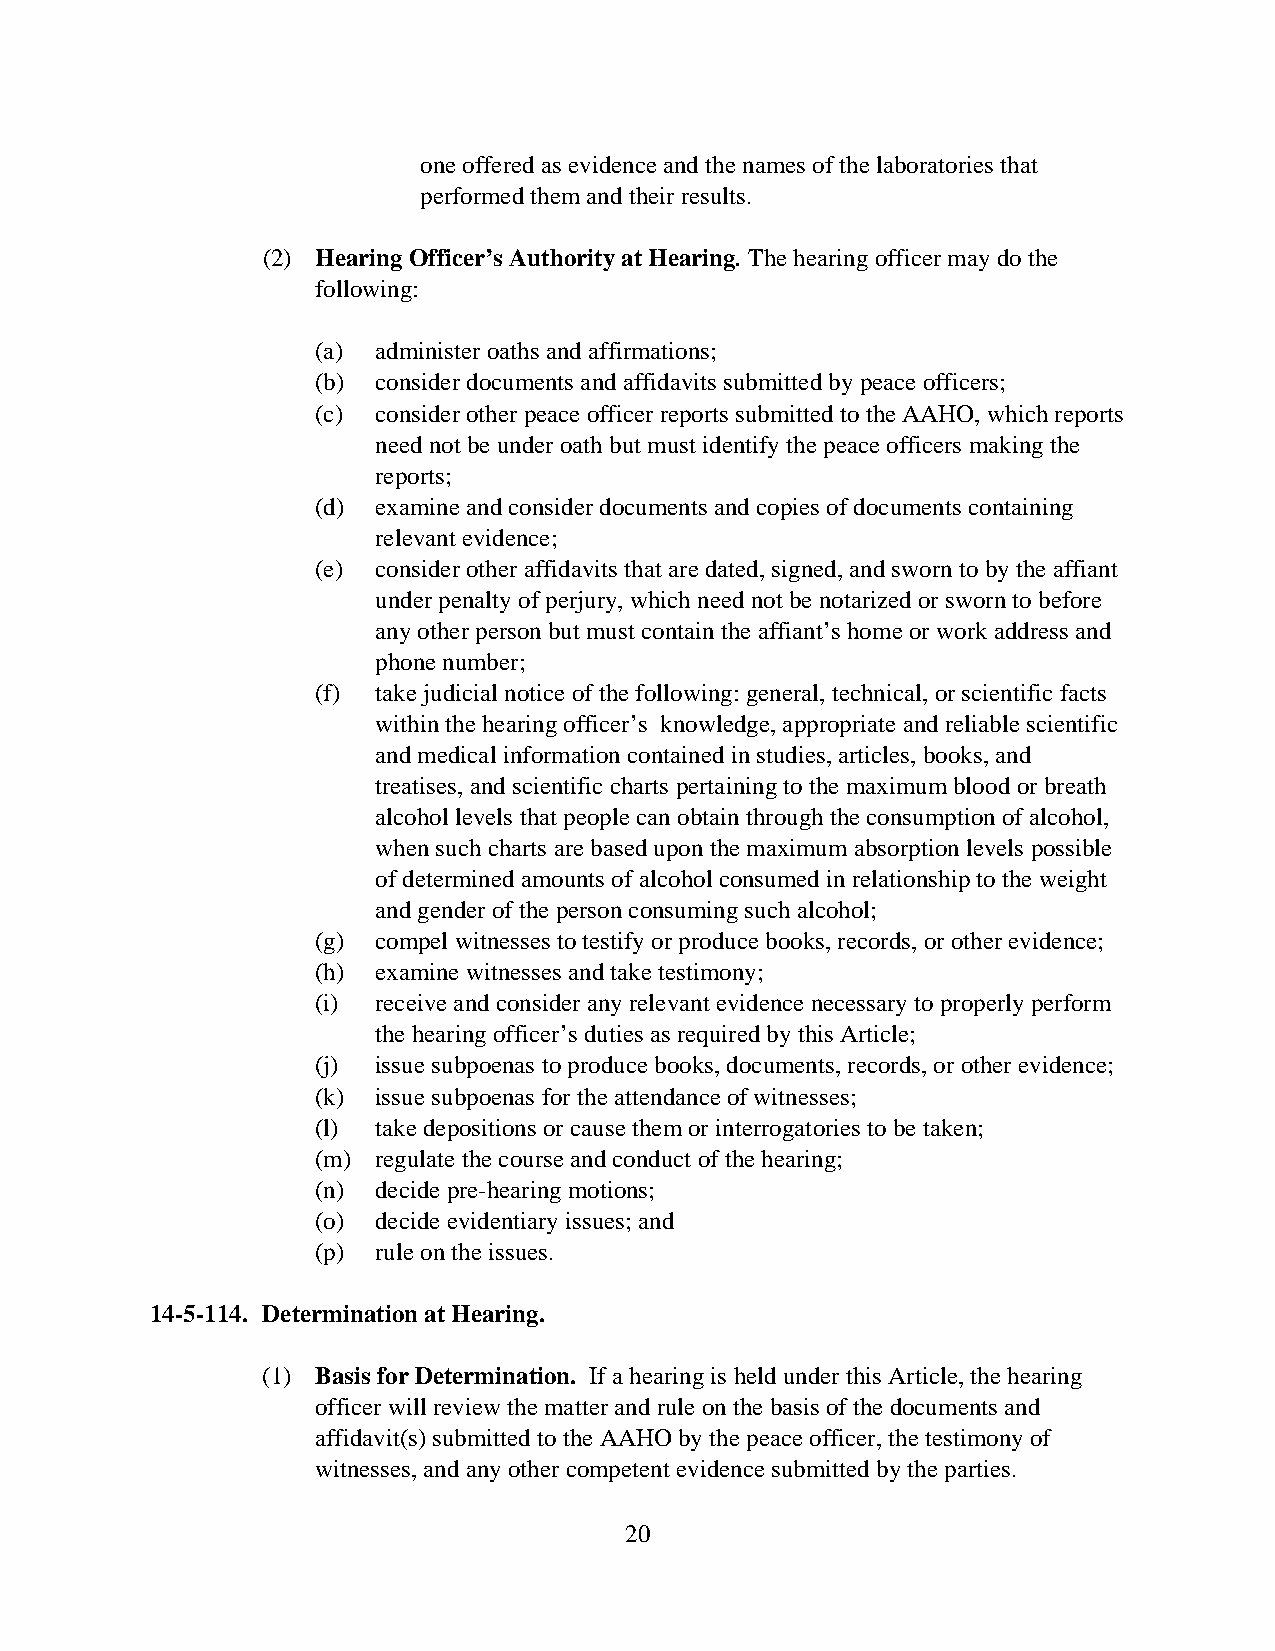
one offered as evidence and the names of the laboratories that
 performed them and their results.
 (2) Hearing Officer’s Authority at Hearing. The hearing officer may do the
 following:
 (a) administer oaths and affirmations;
 (b) consider documents and affidavits submitted by peace officers;
 (c) consider other peace officer reports submitted to the AAHO, which reports
 need not be under oath but must identify the peace officers making the
 reports;
 (d) examine and consider documents and copies of documents containing
 relevant evidence;
 (e) consider other affidavits that are dated, signed, and sworn to by the affiant
 under penalty of perjury, which need not be notarized or sworn to before
 any other person but must contain the affiant’s home or work address and
 phone number;
 (f) take judicial notice of the following: general, technical, or scientific facts
 within the hearing officer’s knowledge, appropriate and reliable scientific
 and medical information contained in studies, articles, books, and
 treatises, and scientific charts pertaining to the maximum blood or breath
 alcohol levels that people can obtain through the consumption of alcohol,
 when such charts are based upon the maximum absorption levels possible
 of determined amounts of alcohol consumed in relationship to the weight
 and gender of the person consuming such alcohol;
 (g) compel witnesses to testify or produce books, records, or other evidence;
 (h) examine witnesses and take testimony;
 (i) receive and consider any relevant evidence necessary to properly perform
 the hearing officer’s duties as required by this Article;
 (j) issue subpoenas to produce books, documents, records, or other evidence;
 (k) issue subpoenas for the attendance of witnesses;
 (l) take depositions or cause them or interrogatories to be taken;
 (m) regulate the course and conduct of the hearing;
 (n) decide pre-hearing motions;
 (o) decide evidentiary issues; and
 (p) rule on the issues.
 14-5-114. Determination at Hearing.
 (1) Basis for Determination. If a hearing is held under this Article, the hearing
 officer will review the matter and rule on the basis of the documents and
 affidavit(s) submitted to the AAHO by the peace officer, the testimony of
 witnesses, and any other competent evidence submitted by the parties.
 20